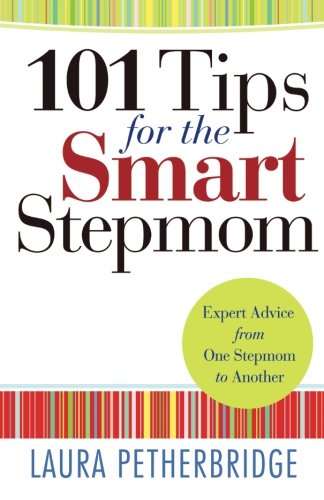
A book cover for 101 Tips for the Smart Stepmom: Expert Advice From One Stepmom to Another; Laura Petherbridge; Parenting & Relationships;